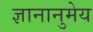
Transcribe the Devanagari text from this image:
ज्ञानानुमेय